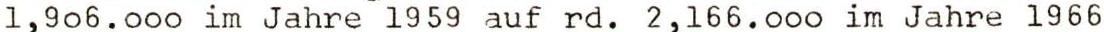
1,906.000 im Jahre 1959 auf rd. 2,166.000 im Jahre 1966